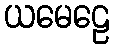
ယမေဠေ